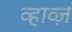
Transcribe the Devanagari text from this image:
व्हार्व्ज़